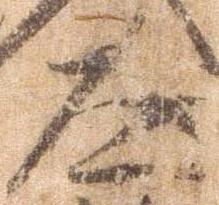
道